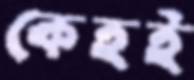
কেহই